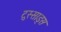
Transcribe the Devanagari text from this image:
टुस्साड्स